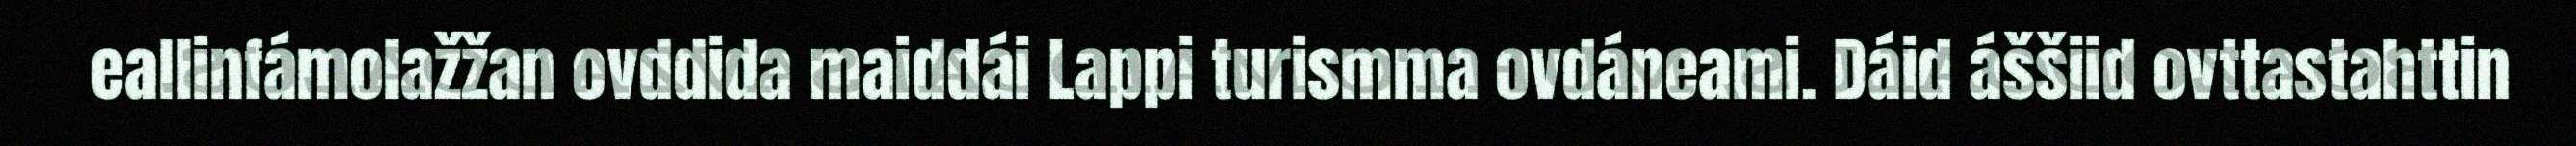
eallinfámolažžan ovddida maiddái Lappi turismma ovdáneami. Dáid áššiid ovttastahttin